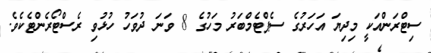
ސިޓްރަންއަކީ މިދިޔަ އަހަރުގެ ސެޕްޓެމްބަރު މަހުގެ 8 ވަނަ ދުވަހު ހުޅުވި ރެސްޓޯރެންޓެކެވެ.